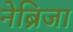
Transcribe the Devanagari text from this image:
नेब्रिजा